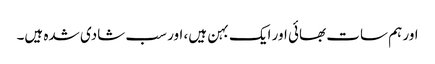
اور ہم سات بھائی اور ایک بہن ہیں، اور سب شادی شدہ ہیں۔